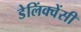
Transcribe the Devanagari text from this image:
डेलिंक्वेंसी